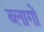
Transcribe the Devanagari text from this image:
ब्लागों